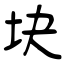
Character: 块